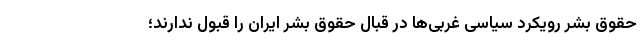
حقوق بشر رویکرد سیاسی غربی‌ها در قبال حقوق بشر ایران را قبول ندارند؛